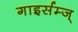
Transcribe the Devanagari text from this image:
गाइर्सम्ज्